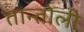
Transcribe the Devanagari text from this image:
तान्तोली